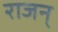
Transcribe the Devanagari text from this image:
राजन्‌